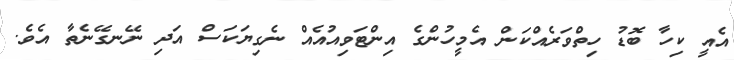
އެއީ ކިހާ ބޮޑު ހިތްވަރެއްކަން އެމީހުންގެ އިންޓަވިއުއެއް ނެގިޔަކަސް އަދި ނޭނގޭނެތާ އެވެ.